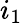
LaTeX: i_{1}